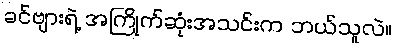
ခင်ဗျားရဲ့ အကြိုက်ဆုံးအသင်းက ဘယ်သူလဲ။